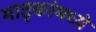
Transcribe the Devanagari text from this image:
मातृकांमध्ये